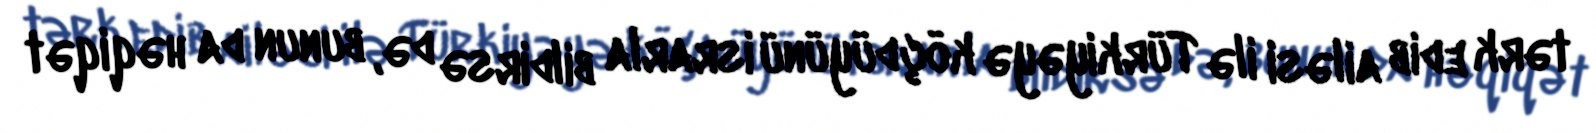
tərk edib ailəsi ilə Türkiyəyə köçdüyünü israrla bildirsə də, bunun da həqiqət